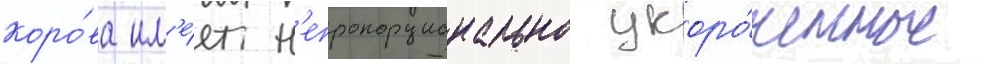
коро́ва им'е́ет н'епропорционально укоро́ченные